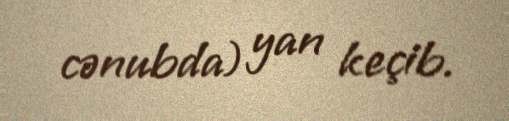
cənubda) yan keçib.